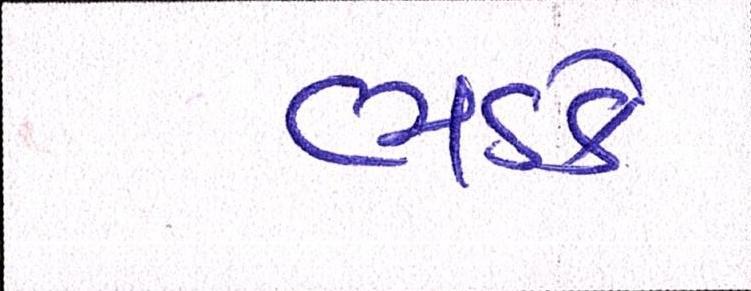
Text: ભડકે